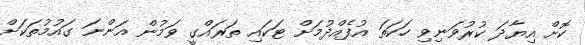
ކޮށް އިޔާދަ ކުރުވަނިވި ހަކަތަ އުފެއްދުމަށް ޓަކައި ތަރައްގީ ވަމުން އަންނަ ގައުމުތަކަށް